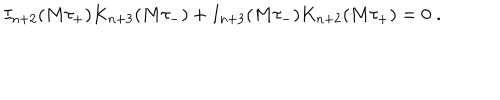
LaTeX: I _ { n + 2 } ( M \tau _ { + } ) K _ { n + 3 } ( M \tau _ { - } ) + I _ { n + 3 } ( M \tau _ { - } ) K _ { n + 2 } ( M \tau _ { + } ) = 0 \; .